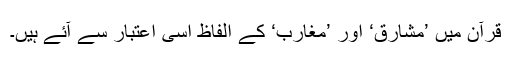
قرآن میں ’مشارق‘ اور ’مغارب‘ کے الفاظ اسی اعتبار سے آئے ہیں۔